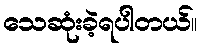
သေဆုံးခဲ့ရပါတယ်။